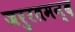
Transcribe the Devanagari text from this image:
जरुरतमन्द